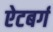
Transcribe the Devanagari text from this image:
ऐटबर्ग